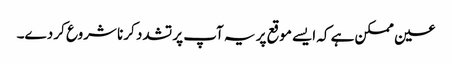
عین ممکن ہے کہ ایسے موقع پر یہ آپ پر تشدد کرنا شروع کر دے۔